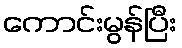
ကောင်းမွန်ပြီး